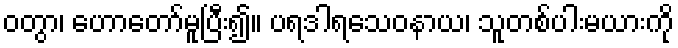
ဝတွာ၊ ဟောတော်မူပြီး၍။ ပရဒါရသေဝနာယ၊ သူတစ်ပါးမယားကို